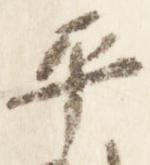
平